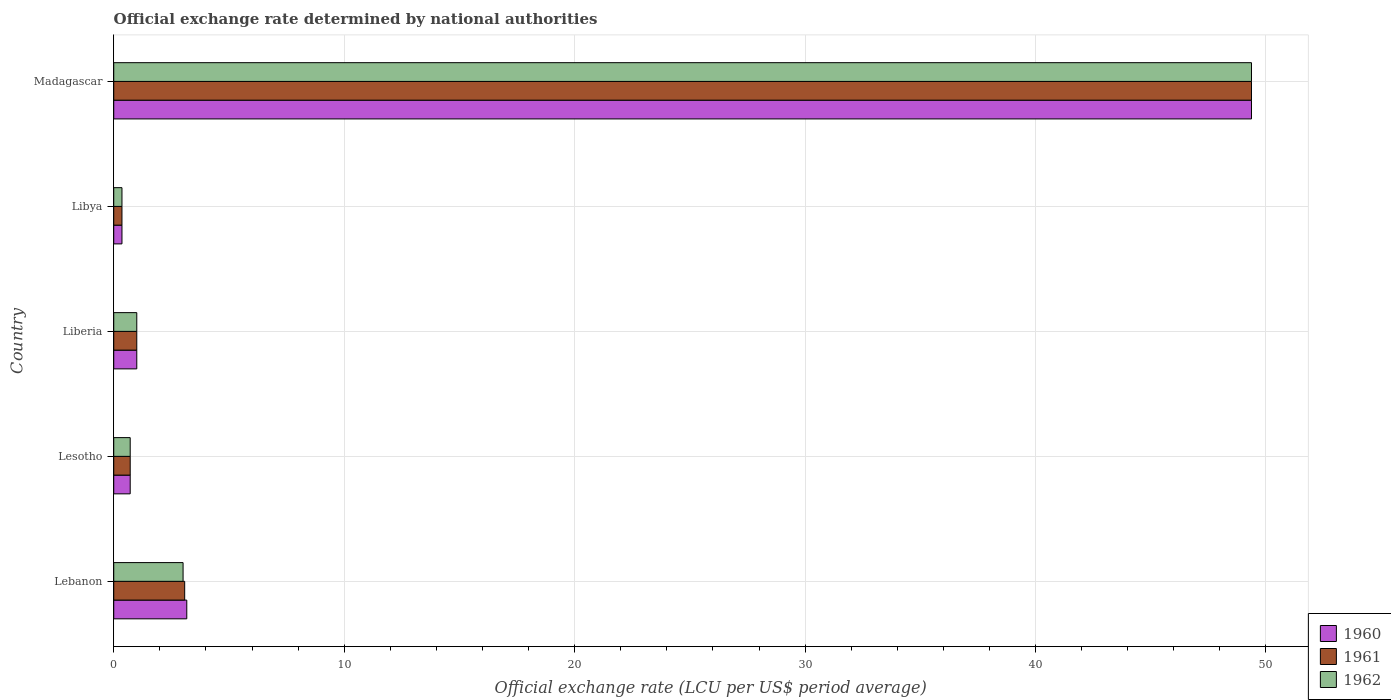
| Country | 1960 | 1961 | 1962 |
 | --- | --- | --- | --- |
 | Lebanon | 3.17 | 3.08 | 3.01 |
 | Lesotho | 0.714 | 0.714 | 0.714 |
 | Liberia | 1 | 1 | 1 |
 | Libya | 0.357 | 0.357 | 0.357 |
 | Madagascar | 49.4 | 49.4 | 49.4 |